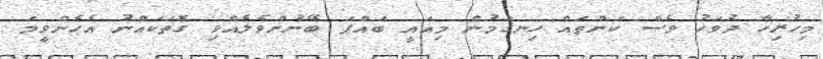
މިހުރިހާ ދުވަހު ވެސް ކަންތައް ހިނގަމުން މިއައީ ބައްޕަ ބޭނުންވެލެއްވި ގޮތަކައްނު އެހެންވީމަ